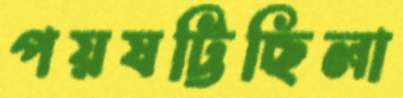
পয়ষট্টিছিলা